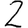
Digit: 2